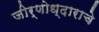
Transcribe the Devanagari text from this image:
जीर्णोध्दाराचे